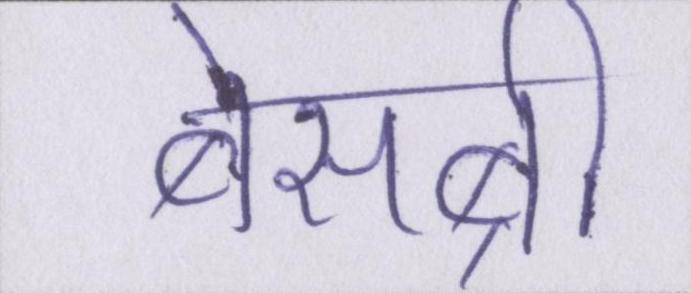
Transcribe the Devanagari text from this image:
बेसब्री